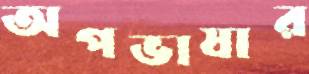
অপভাষার